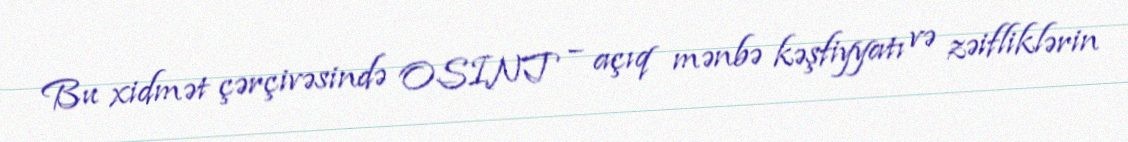
Bu xidmət çərçivəsində OSINT – açıq mənbə kəşfiyyatı və zəifliklərin